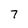
Character: 7